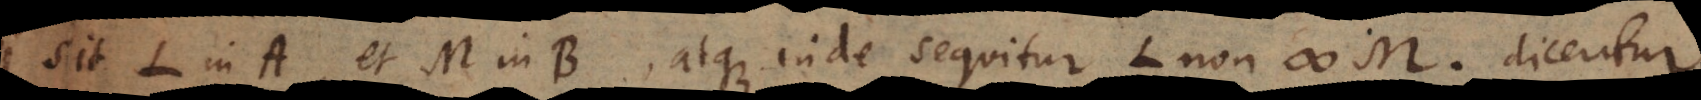
sit L in A, et M in B, atque inde sequitur L non # M, dicentur